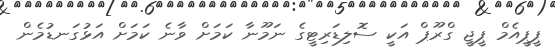
ޕީޕީއެމް ޕީޖީ ގްރޫޕް އަކީ ސޮލިޑަރިޓީގެ ނަމޫނާ ކަމަށް ވާނެ ކަމަށް އަޅުގަނޑުމެން